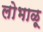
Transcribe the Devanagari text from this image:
लोभाळू